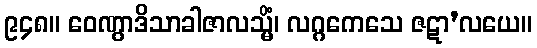
၉၄၈။ ဝေဏွာဒိသာခါဇာလသ္မိံ၊ လဂ္ဂကေသေ ဇဋာ’လယေ။